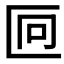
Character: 𫧒